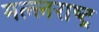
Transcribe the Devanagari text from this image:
मल्लराष्ट्र